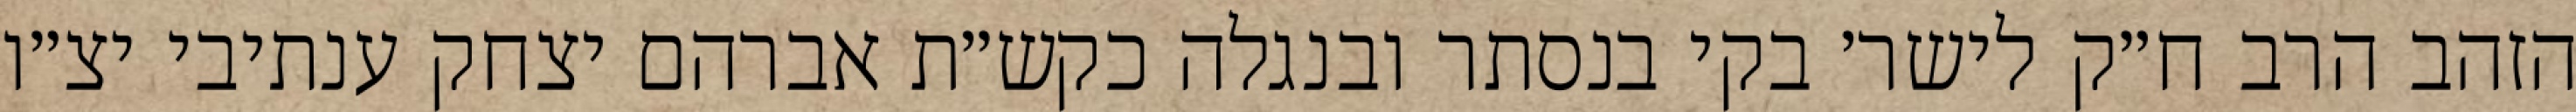
הזהב הרב ח״ק לישר׳ בקי בנסתר ובנגלה כקש״ת אברהם יצחק ענתיבי יצ״ו